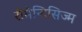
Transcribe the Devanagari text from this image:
रोमैन्टिसिज्म